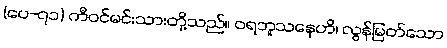
(ပေ-၇၁) ကီဝင်မင်းသားတို့သည်။ ဝရဘူသနေဟိ၊ လွန်မြတ်သော